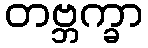
တဗ္ဘက္ခာ